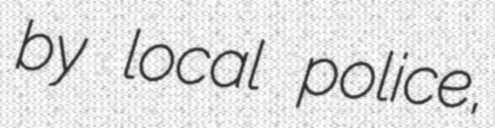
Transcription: by local police,